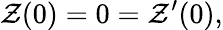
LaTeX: {\cal Z}(0)=0={\cal Z}^{\prime}(0),